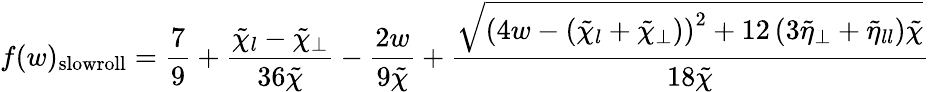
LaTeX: f(w)_{\mathrm{slowroll}}=\frac{7}{9}+\frac{\tilde{\chi}_{l}-\tilde{\chi}_{\perp}}{36\tilde{\chi}}-\frac{2w}{9\tilde{\chi}}+\frac{\sqrt{\left(4w-(\tilde{\chi}_{l}+\tilde{\chi}_{\perp})\right)^{2}+12\left(3\tilde{\eta}_{\perp}+\tilde{\eta}_{ll}\right)\tilde{\chi}}}{18\tilde{\chi}}